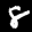
Label: 8